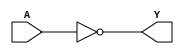
module sky130_fd_sc_lp__invkapwr (
    Y,
    A
);

    // Module ports
    output Y;
    input  A;

    // Local signals
    wire not0_out_Y;

    //  Name  Output      Other arguments
    not not0 (not0_out_Y, A              );
    buf buf0 (Y         , not0_out_Y     );

endmodule